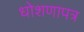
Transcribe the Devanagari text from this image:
धोशणापत्र